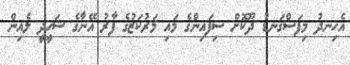
އެހިނދު މިފަސްގަނޑު ދޫކޮށް ސިފައިންގެ މައި މަރުކަޒުގެ ފާރު އޭނާގެ ޝަހީދީ ލެއިން